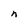
Character: n